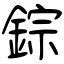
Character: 錝